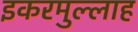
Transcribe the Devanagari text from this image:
इकरमुल्लाह